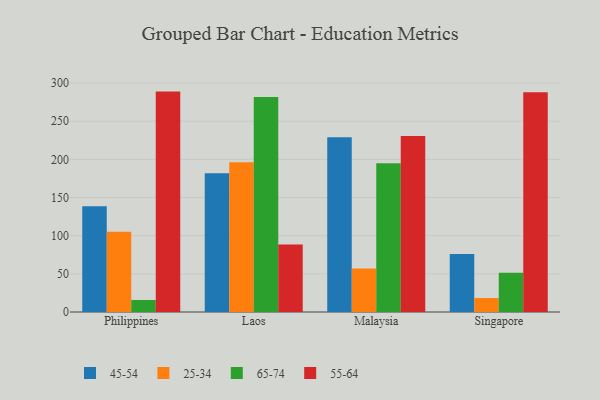
{"axis": {"x": "Country", "y": "Page Views"}, "legend": ["25-34", "45-54", "55-64", "65-74"], "data": [{"x": "Philippines", "y": 138.7, "type": "45-54"}, {"x": "Philippines", "y": 105.0, "type": "25-34"}, {"x": "Philippines", "y": 15.7, "type": "65-74"}, {"x": "Philippines", "y": 288.8, "type": "55-64"}, {"x": "Laos", "y": 181.9, "type": "45-54"}, {"x": "Laos", "y": 196.3, "type": "25-34"}, {"x": "Laos", "y": 281.7, "type": "65-74"}, {"x": "Laos", "y": 88.5, "type": "55-64"}, {"x": "Malaysia", "y": 229.1, "type": "45-54"}, {"x": "Malaysia", "y": 56.9, "type": "25-34"}, {"x": "Malaysia", "y": 195.0, "type": "65-74"}, {"x": "Malaysia", "y": 230.6, "type": "55-64"}, {"x": "Singapore", "y": 75.9, "type": "45-54"}, {"x": "Singapore", "y": 18.3, "type": "25-34"}, {"x": "Singapore", "y": 51.4, "type": "65-74"}, {"x": "Singapore", "y": 287.9, "type": "55-64"}]}